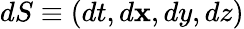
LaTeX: dS\equiv(dt,d\mathbf{x},dy,dz)